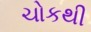
ચોકથી